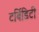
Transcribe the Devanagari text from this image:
टर्बिडिटी